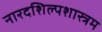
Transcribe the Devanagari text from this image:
नारदशिल्पशास्त्रम